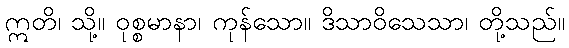
ဣတိ၊ သို့။ ဝုစ္စမာနာ၊ ကုန်သော။ ဒိသာဝိသေသာ၊ တို့သည်။